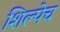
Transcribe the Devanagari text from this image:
शिल्पेच